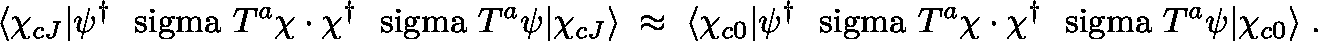
\langle \chi _ { c J } | \psi ^ { \dagger } \mathrm { \boldmath ~ \ s i g m a ~ } T ^ { a } \chi \cdot \chi ^ { \dagger } \mathrm { \boldmath ~ \ s i g m a ~ } T ^ { a } \psi | \chi _ { c J } \rangle \; \approx \; \langle \chi _ { c 0 } | \psi ^ { \dagger } \mathrm { \boldmath ~ \ s i g m a ~ } T ^ { a } \chi \cdot \chi ^ { \dagger } \mathrm { \boldmath ~ \ s i g m a ~ } T ^ { a } \psi | \chi _ { c 0 } \rangle \; .